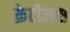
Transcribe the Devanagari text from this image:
क्रेटीलस